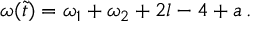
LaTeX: \omega ( \tilde { t } ) = \omega _ { 1 } + \omega _ { 2 } + 2 l - 4 + a \, .